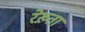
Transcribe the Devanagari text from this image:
रेख़्ता